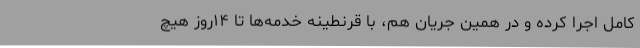
کامل اجرا کرده و در همین جریان هم، با قرنطینه خدمه‌ها تا ۱۴روز هیچ